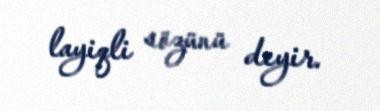
layiqli sözünü deyir.